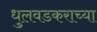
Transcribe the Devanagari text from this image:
धुलवडकराच्या